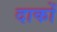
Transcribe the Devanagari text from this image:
दाकों